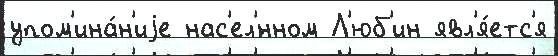
упом'ина́н'иjе нас'ел'́нном Л'юб'ин явл'я́етс'я